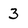
Character: 3